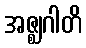
အဇ္ဈဂါတိ